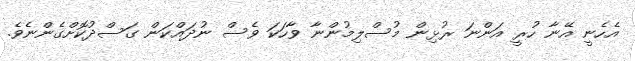
އެހެނީ އޭނާ ހުރީ އަންނަ ރުޅިން މުސްލިމުންނާ ވާހަކަ ވެސް ނުދައްކަން ގަސްދުކޮށްގެންނެވެ.